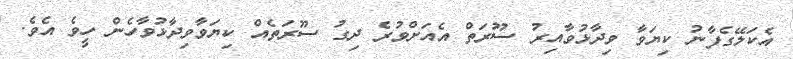
އެކަލޭގެފާނު ކިޔަވާ ވިދާޅުވާއިރު ސޫރަތް އެއަށްވުރެ ދިގު ސޫރަތެއް ކިޔަވާވިދާޅުވާހެން ހީވެ އެވެ.